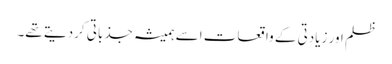
ظلم اور زیادتی کے واقعات اسے ہمیشہ جذباتی کردیتے تھے۔